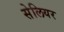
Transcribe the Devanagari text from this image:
सेलियर